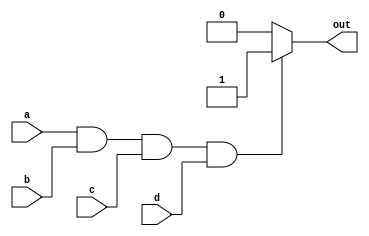
module and_gate(
    input a,
    input b,
    input c,
    input d,
    output reg out
);

always @(*) begin
    if (a && b && c && d) begin
        out = 1;
    end else begin
        out = 0;
    end
end

endmodule